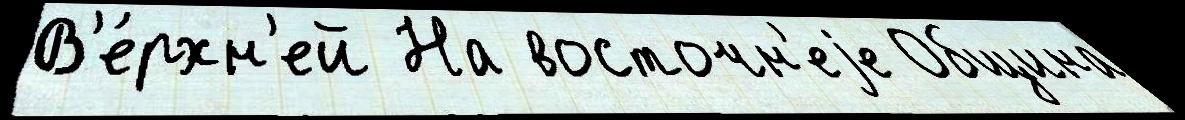
В'е́рхн'ей На восточн'еjе Община